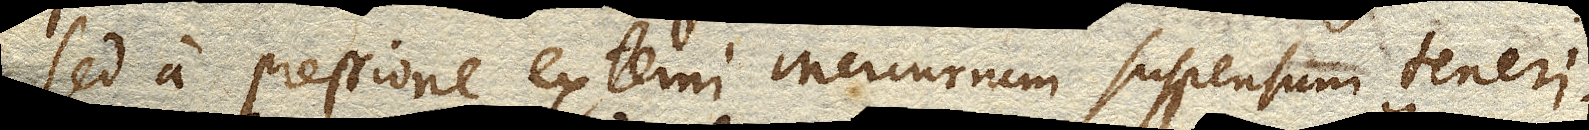
sed a pressione externi Mercurium suspensum teneri,